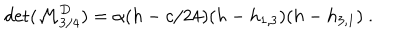
\det ( { \cal M } _ { 3 / 4 } ^ { D } ) = \alpha ( h - c / 2 4 ) ( h - h _ { 1 , 3 } ) ( h - h _ { 3 , 1 } ) { } ~ .